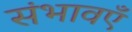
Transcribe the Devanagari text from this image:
संभावएँ